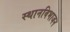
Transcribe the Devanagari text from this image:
स्थानविभाजन